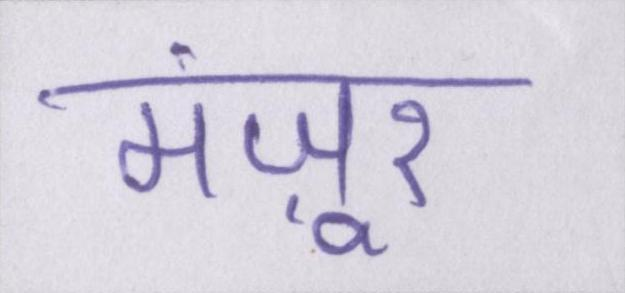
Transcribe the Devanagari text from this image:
मंज़ूर